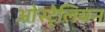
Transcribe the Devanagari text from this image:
ओस्ट्रेलियन